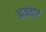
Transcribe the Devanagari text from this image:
आवतार